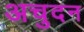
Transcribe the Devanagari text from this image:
अचुदन